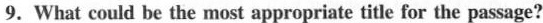
9. What could be the most appropriate title for the passage?